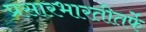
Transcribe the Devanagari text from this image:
प्रसारभारतीतर्फे